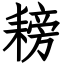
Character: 耪